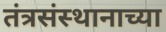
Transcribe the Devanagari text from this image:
तंत्रसंस्थानाच्या